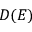
D ( E )